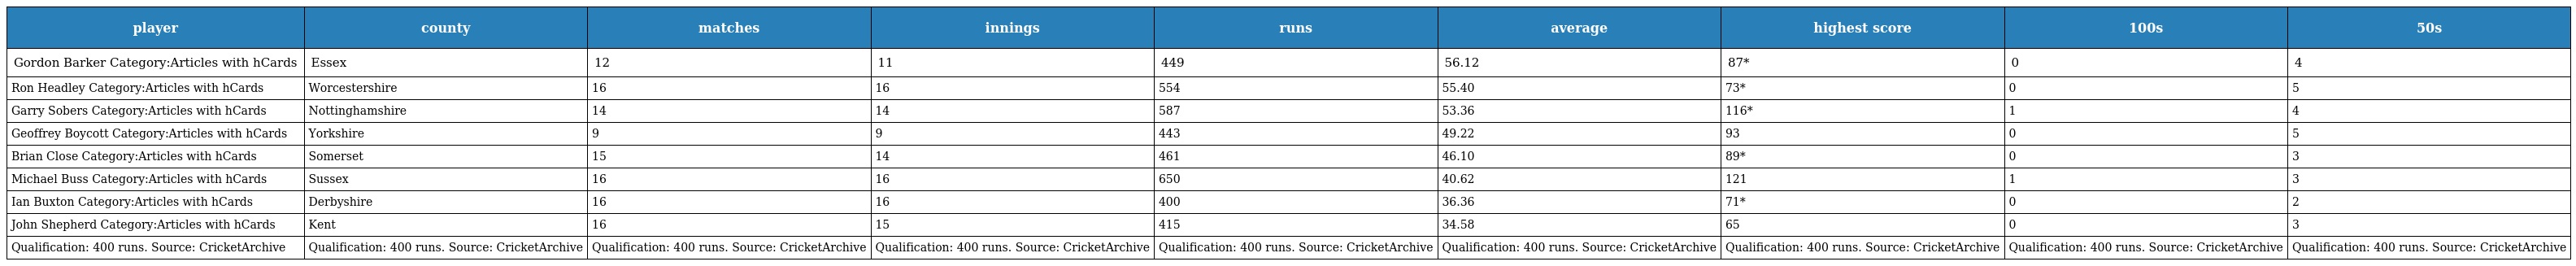
| player | county | matches | innings | runs | average | highest score | 100s | 50s |
 | --- | --- | --- | --- | --- | --- | --- | --- | --- |
 | Gordon Barker Category:Articles with hCards | Essex | 12 | 11 | 449 | 56.12 | 87* | 0 | 4 |
 | Ron Headley Category:Articles with hCards | Worcestershire | 16 | 16 | 554 | 55.40 | 73* | 0 | 5 |
 | Garry Sobers Category:Articles with hCards | Nottinghamshire | 14 | 14 | 587 | 53.36 | 116* | 1 | 4 |
 | Geoffrey Boycott Category:Articles with hCards | Yorkshire | 9 | 9 | 443 | 49.22 | 93 | 0 | 5 |
 | Brian Close Category:Articles with hCards | Somerset | 15 | 14 | 461 | 46.10 | 89* | 0 | 3 |
 | Michael Buss Category:Articles with hCards | Sussex | 16 | 16 | 650 | 40.62 | 121 | 1 | 3 |
 | Ian Buxton Category:Articles with hCards | Derbyshire | 16 | 16 | 400 | 36.36 | 71* | 0 | 2 |
 | John Shepherd Category:Articles with hCards | Kent | 16 | 15 | 415 | 34.58 | 65 | 0 | 3 |
 | Qualification: 400 runs. Source: CricketArchive | Qualification: 400 runs. Source: CricketArchive | Qualification: 400 runs. Source: CricketArchive | Qualification: 400 runs. Source: CricketArchive | Qualification: 400 runs. Source: CricketArchive | Qualification: 400 runs. Source: CricketArchive | Qualification: 400 runs. Source: CricketArchive | Qualification: 400 runs. Source: CricketArchive | Qualification: 400 runs. Source: CricketArchive |